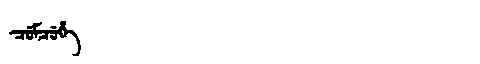
Manchu: ᠴᡠᠮᠴᡠᡥᡝ
Romanization: CUMCUHE